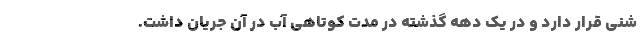
شنی قرار دارد و در یک دهه گذشته در مدت کوتاهی آب در آن جریان داشت.